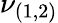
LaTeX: \nu_{(1,2)}